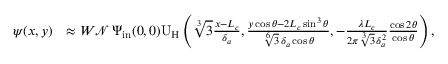
\begin{array} { r l } { \psi ( x , y ) } & { \approx W \mathcal { N } \, \Psi _ { \mathrm { i n } } ( 0 , 0 ) \mathrm { U } _ { \mathrm { H } } \left( \sqrt [ 3 ] { 3 } \frac { x - L _ { c } } { \delta _ { a } } , \frac { y \cos \theta - 2 L _ { c } \sin ^ { 3 } \theta } { \sqrt [ 6 ] { 3 } \, \delta _ { a } \cos \theta } , - \frac { \lambda L _ { c } } { 2 \pi \sqrt [ 3 ] { 3 } \, \delta _ { a } ^ { 2 } } \frac { \cos 2 \theta } { \cos \theta } \right) , } \end{array}